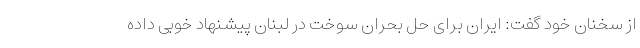
از سخنان خود گفت: ایران برای حل بحران سوخت در لبنان پیشنهاد خوبی داده